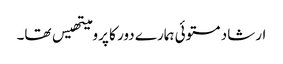
ارشاد مستوئی ہمارے دور کا پرومیتھیس تھا۔